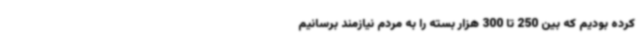
کرده بودیم که بین 250 تا 300 هزار بسته را به مردم نیازمند برسانیم